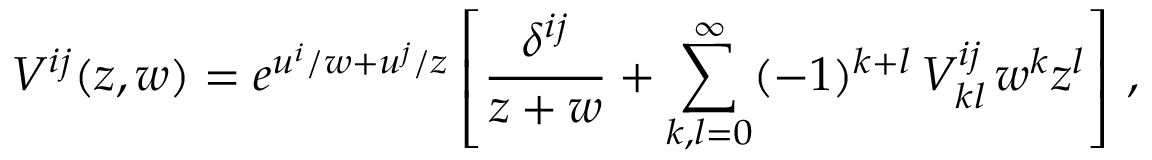
V ^ { i j } ( z , w ) = e ^ { u ^ { i } / w + u ^ { j } / z } \left[ { \frac { \delta ^ { i j } } { z + w } } + \sum _ { k , l = 0 } ^ { \infty } ( - 1 ) ^ { k + l } \, V _ { k l } ^ { i j } \, w ^ { k } z ^ { l } \right] \, ,